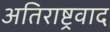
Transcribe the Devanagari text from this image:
अतिराष्ट्रवाद